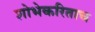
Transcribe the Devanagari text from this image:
शोभेकरिताच